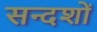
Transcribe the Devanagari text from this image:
सन्दशों